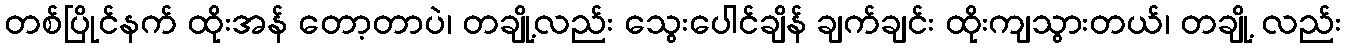
တစ်ပြိုင်နက် ထိုးအန် တော့တာပဲ၊ တချို့လည်း သွေးပေါင်ချိန် ချက်ချင်း ထိုးကျသွားတယ်၊ တချို့ လည်း